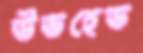
উডহেড